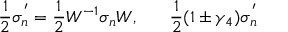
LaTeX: \frac { 1 } { 2 } \sigma _ { n } ^ { ' } = \frac { 1 } { 2 } W ^ { - 1 } \sigma _ { n } W , ~ ~ ~ ~ ~ \frac { 1 } { 2 } ( 1 \pm \gamma _ { 4 } ) \sigma _ { n } ^ { ' }